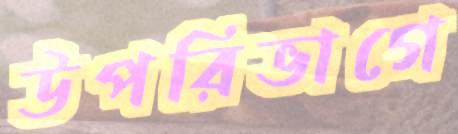
উপরিভাগে